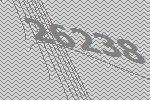
26238